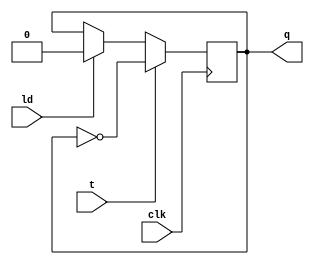
module Flip_flop_T(clk, t, q, ld);

	input clk, t, ld; // Entradas do clock, sinal de toggle e sinal de load
	output reg q; // Sada do flip-flop

	always @(posedge clk) begin 
		if (t) // Se o sinal de toggle estiver ativo
			q <= ~q; // Inverte o valor da sada
		else if (ld) // Se o sinal de load estiver ativo
			q <= 1'b0; // Define a sada como 0
		else
			q <= q; // Mantm o valor atual da sada
	end
endmodule